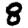
Digit: 8